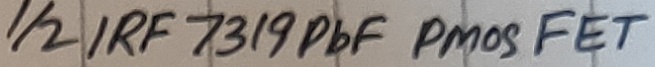
Text: 1/2 IRF 7319PbF PMOS FET